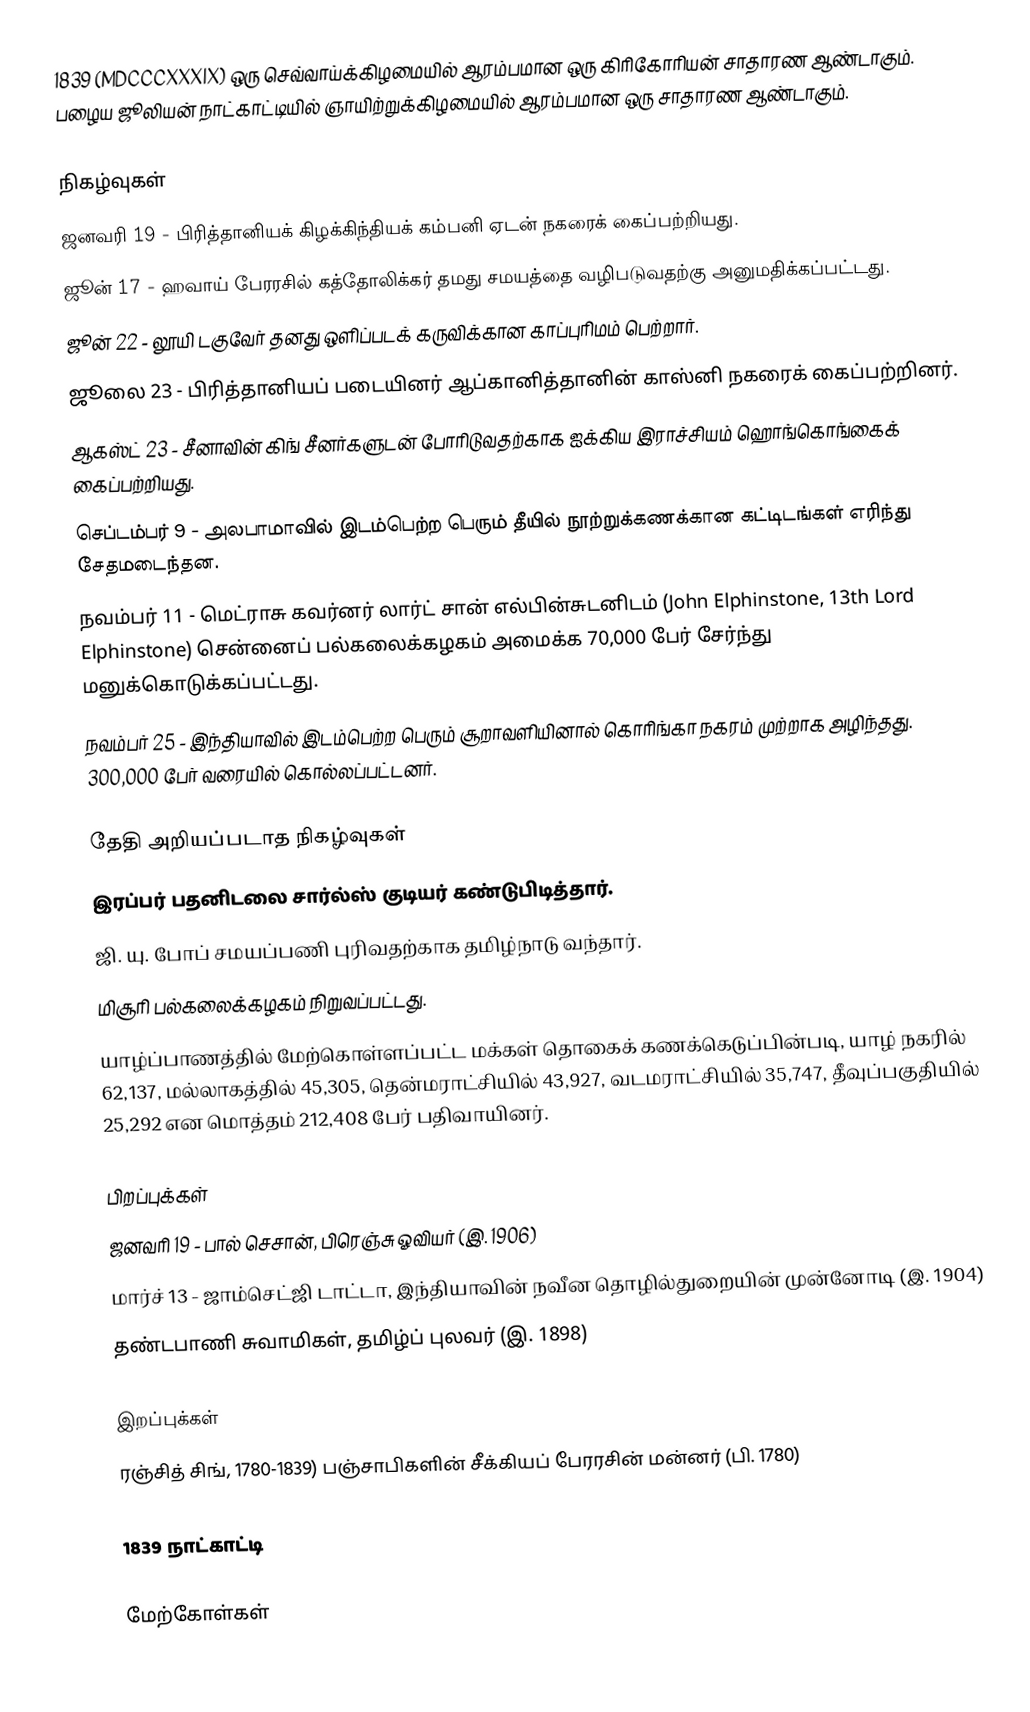
1839  (MDCCCXXXIX) ஒரு செவ்வாய்க்கிழமையில் ஆரம்பமான ஒரு கிரிகோரியன் சாதாரண ஆண்டாகும்.  பழைய ஜூலியன் நாட்காட்டியில் ஞாயிற்றுக்கிழமையில் ஆரம்பமான ஒரு சாதாரண ஆண்டாகும்.

நிகழ்வுகள்
 ஜனவரி 19 - பிரித்தானியக் கிழக்கிந்தியக் கம்பனி ஏடன் நகரைக் கைப்பற்றியது.
 ஜூன் 17 - ஹவாய் பேரரசில் கத்தோலிக்கர் தமது சமயத்தை வழிபடுவதற்கு அனுமதிக்கப்பட்டது.
 ஜூன் 22 - லூயி டகுவேர் தனது ஒளிப்படக் கருவிக்கான காப்புரிமம் பெற்றார்.
 ஜூலை 23 - பிரித்தானியப் படையினர் ஆப்கானித்தானின் காஸ்னி நகரைக் கைப்பற்றினர்.
 ஆகஸ்ட் 23 - சீனாவின் கிங் சீனர்களுடன் போரிடுவதற்காக ஐக்கிய இராச்சியம் ஹொங்கொங்கைக் கைப்பற்றியது.
 செப்டம்பர் 9 - அலபாமாவில் இடம்பெற்ற பெரும் தீயில் நூற்றுக்கணக்கான கட்டிடங்கள் எரிந்து சேதமடைந்தன.
 நவம்பர் 11 - மெட்ராசு கவர்னர் லார்ட் சான் எல்பின்சுடனிடம் (John Elphinstone, 13th Lord Elphinstone) சென்னைப் பல்கலைக்கழகம் அமைக்க 70,000 பேர் சேர்ந்து மனுக்கொடுக்கப்பட்டது.
 நவம்பர் 25 - இந்தியாவில் இடம்பெற்ற பெரும் சூறாவளியினால் கொரிங்கா நகரம் முற்றாக அழிந்தது. 300,000 பேர் வரையில் கொல்லப்பட்டனர்.

தேதி அறியப்படாத நிகழ்வுகள்
 இரப்பர் பதனிடலை சார்ல்ஸ் குடியர் கண்டுபிடித்தார்.
 ஜி. யு. போப் சமயப்பணி புரிவதற்காக தமிழ்நாடு வந்தார்.
 மிசூரி பல்கலைக்கழகம் நிறுவப்பட்டது.
 யாழ்ப்பாணத்தில் மேற்கொள்ளப்பட்ட மக்கள் தொகைக் கணக்கெடுப்பின்படி, யாழ் நகரில் 62,137, மல்லாகத்தில் 45,305, தென்மராட்சியில் 43,927, வடமராட்சியில் 35,747, தீவுப்பகுதியில் 25,292 என மொத்தம் 212,408 பேர் பதிவாயினர்.

பிறப்புக்கள்
 ஜனவரி 19 - பால் செசான், பிரெஞ்சு ஓவியர் (இ. 1906)
 மார்ச் 13 - ஜாம்செட்ஜி டாட்டா, இந்தியாவின் நவீன தொழில்துறையின் முன்னோடி (இ. 1904)
 தண்டபாணி சுவாமிகள், தமிழ்ப் புலவர் (இ. 1898)

இறப்புக்கள்
 ரஞ்சித் சிங், 1780-1839) பஞ்சாபிகளின் சீக்கியப் பேரரசின் மன்னர் (பி. 1780)

1839 நாட்காட்டி

மேற்கோள்கள்